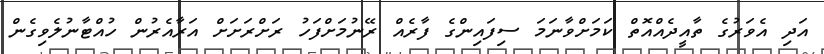
އަދި އެވަރުގެ ތާއީދެއްއޮތް ކަމަށްވާނަމަ ސިފައިންގެ ފާރެއް ރޭނުމަށްފަހު ރަށްރަށަށް އަރާއެރުން ހުއްޓާނުލެވިގެން